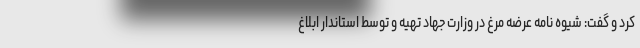
کرد و گفت: شیوه نامه عرضه مرغ در وزارت جهاد تهیه و توسط استاندار ابلاغ